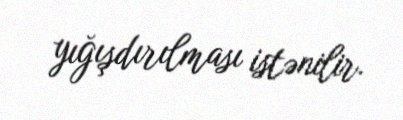
yığışdırılması istənilir.